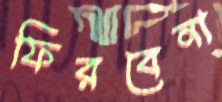
ফিরবেনা